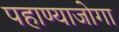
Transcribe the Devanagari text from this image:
पहाण्याजोगा